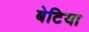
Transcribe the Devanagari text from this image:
बेटिया